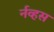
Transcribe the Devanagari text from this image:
र्नव्हस